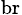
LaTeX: _\mathrm{br}